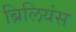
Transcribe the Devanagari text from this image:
ब्रिलियंस